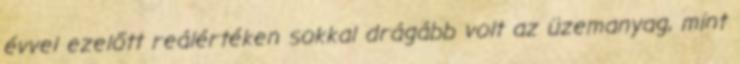
évvel ezelőtt reálértéken sokkal drágább volt az üzemanyag, mint